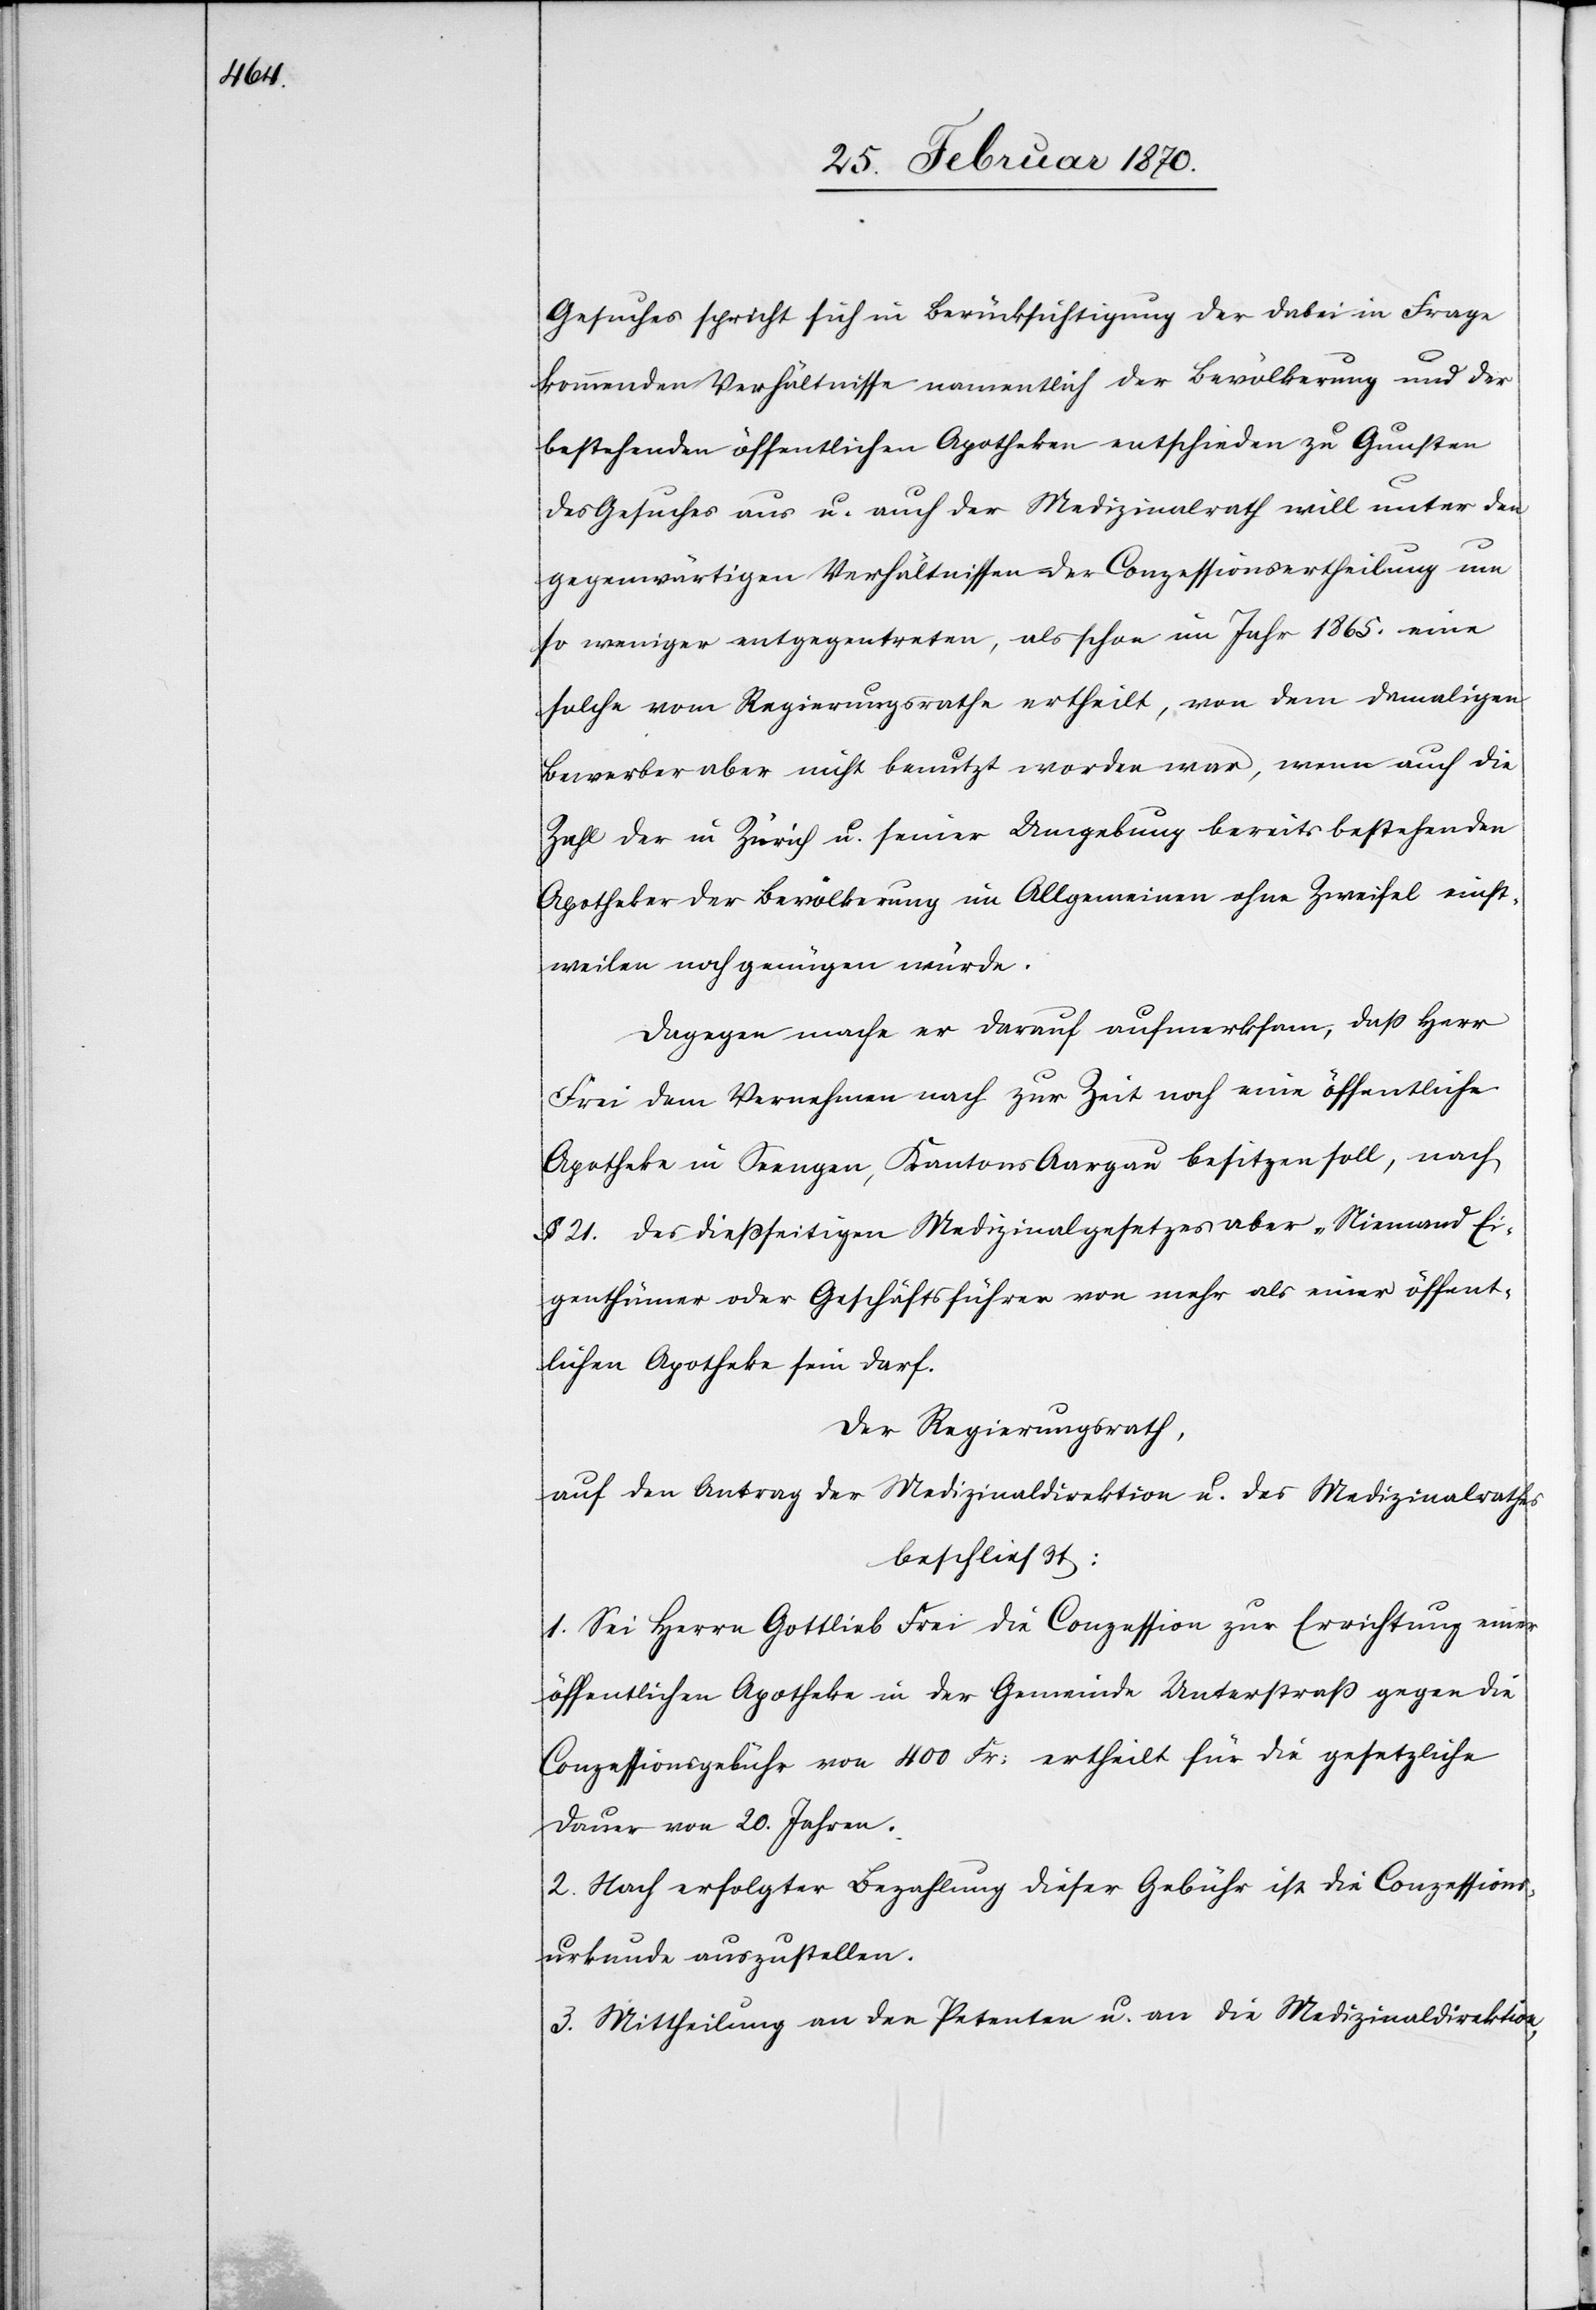
Gesuches spricht sich in Berücksichtigung der dabei in Frage
kommenden Verhältnisse namentlich der Bevölkerung und der
bestehenden öffentlichen Apotheken entschieden zu Gunsten
des Gesuches aus u. auch der Medizinalrath will unter den
gegenwärtigen Verhältnissen der Conzessionsertheilung um
so weniger entgegentreten, als schon im Jahr 1865. eine
solche vom Regierungsrathe ertheilt, von dem damaligen
Bewerber aber nicht benutzt worden war, wenn auch die
Zahl der in Zürich u. seiner Umgebung bereits bestehenden
Apotheker der Bevölkerung im Allgemeinen ohne Zweifel einst¬
weilen noch genügen würde.
Dagegen mache er darauf aufmerksam, daß Herr
Frei dem Vernehmen nach zur Zeit noch eine öffentliche
Apotheke in Seengen, Kantons Aargau besitzen soll, nach
§. 21. des dießseitigen Medizinalgesetzes aber „Niemand Ei¬
genthümer oder Geschäftsführer von mehr als einer öffent¬
lichen Apotheke sein darf[“].
Der Regierungsrath,
auf den Antrag der Medizinaldirektion u. des Medizinalrathes
beschließt:
1. Sei Herrn Gottlieb Frei die Conzession zur Errichtung einer
öffentlichen Apotheke in der Gemeinde Unterstraß gegen die
Conzessionsgebühr von 400 Fr: ertheilt für die gesetzliche
Dauer von 20. Jahren.
2. Nach erfolgter Bezahlung dieser Gebühr ist die Conzessions¬
urkunde auszustellen.
3. Mittheilung an den Petenten u. an die Medizinaldirektion,